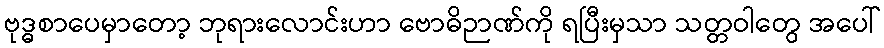
ဗုဒ္ဓစာပေမှာတော့ ဘုရားလောင်းဟာ ဗောဓိဉာဏ်ကို ရပြီးမှသာ သတ္တဝါတွေ အပေါ်